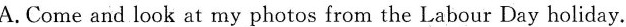
A.Come and look at my photos from the Labour Day holiday.